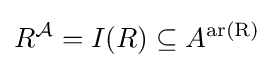
R^{\mathcal {A}}=I(R)\subseteq A^{\operatorname {ar(R)} }